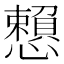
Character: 𢤿